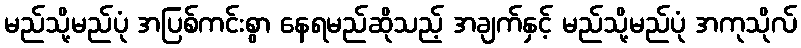
မည်သို့မည်ပုံ အပြစ်ကင်းစွာ နေရမည်ဆိုသည့် အချက်နှင့် မည်သို့မည်ပုံ အကုသိုလ်